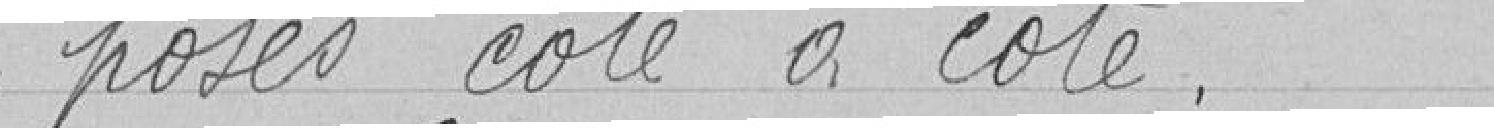
posés côte à côte.